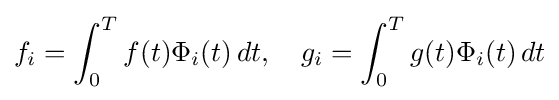
f_{i}=\int _{0}^{T}f(t)\Phi _{i}(t)\,dt,\quad g_{i}=\int _{0}^{T}g(t)\Phi _{i}(t)\,dt